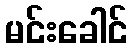
မင်းခေါင်